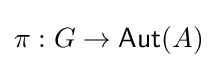
\pi :G\to {\mathsf {Aut}}(A)